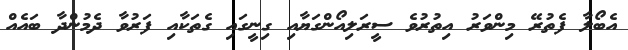
އެބޯލާ ފެތުރޭ މިންވަރު އިތުރުވެ ސީރަލިއޯންގަޔާއި ގިނީގައި ގެތަކާއި ފަރުވާ ދެމުންދާ ބައެއް